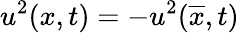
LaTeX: u^{2}(x,t)=-u^{2}(\overline{{x}},t)